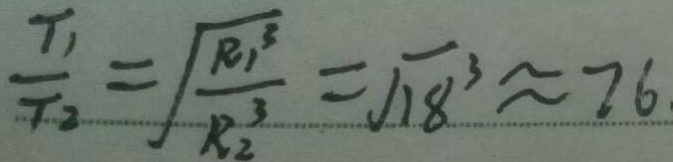
\frac { T _ { 1 } } { T _ { 2 } } = \sqrt { \frac { R _ { 1 } ^ { 3 } } { R _ { 2 } ^ { 3 } } } = \sqrt { 1 8 } ^ { 3 } \approx 7 6